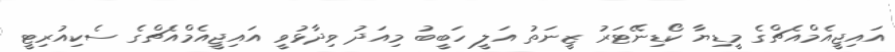
އައިޖީއެމްއެޗްގެ މީޑިޔާ ކޯޑިނޭޓަރު ޒީނަތު އަލީ ހަބީބު މިއަދު ވިދާޅުވީ އައިޖީއެމްއެޗްގެ ސެކިއުރިޓީ